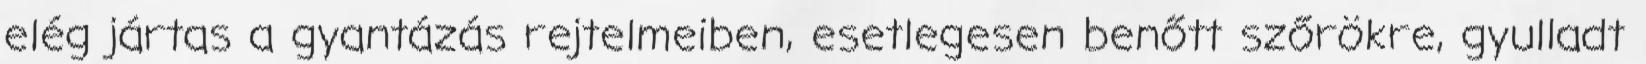
elég jártas a gyantázás rejtelmeiben, esetlegesen benőtt szőrökre, gyulladt